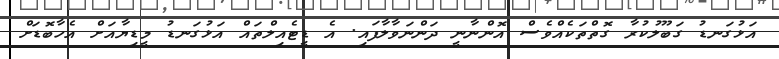
އަޅުގަނޑު ގަބޫލުކުރާ ގޮތްތަކެއްވެސް އޮންނާނީ ދަންނަވާލާފައި. އެ ޑީޓެއިލްތައް އަޅުގަނޑު މީޑިޔާއަށް އެހާބޮޑަށް